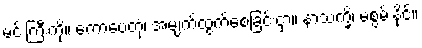
မင်းကြီးကို။ ကောပေတုံ၊ အမျက်ထွက်စေခြင်းငှာ။ နာသက္ခိ၊ မစွမ်းနိုင်။